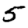
Digit: 5